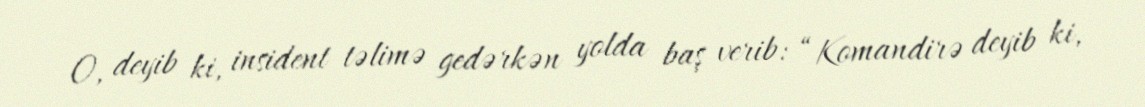
O, deyib ki, insident təlimə gedərkən yolda baş verib: “Komandirə deyib ki,